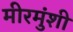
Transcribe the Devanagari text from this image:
मीरमुंशी